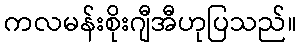
ကလမန်းစိုးဂျီအီဟုပြသည်။